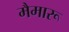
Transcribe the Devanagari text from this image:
मैमारू